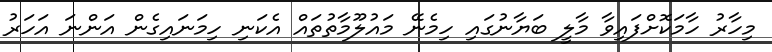
މިހާރު ހާމަކޮށްފައިވާ މާލީ ބަޔާނުގައި ހިމެނޭ މައުލޫމާތުތައް އެކަނި ހިމަނައިގެން އަންނަ އަހަރު